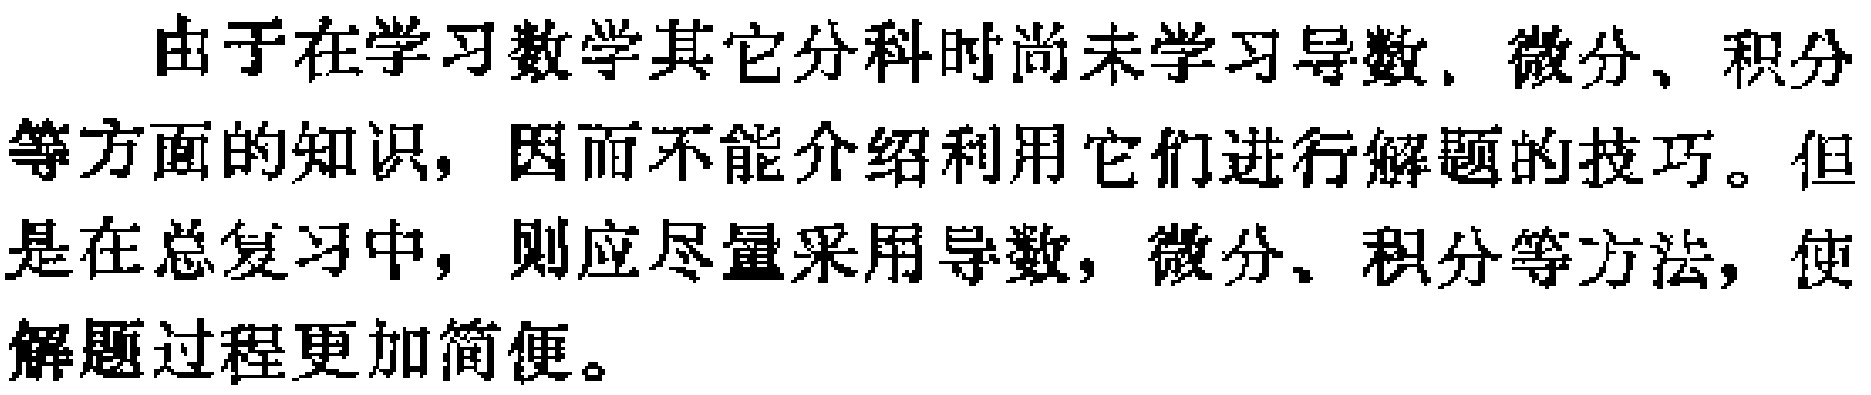
由于在学习数学其它分科时尚未学习导数, 微分, 积分等方面的知识, 因而不能介绍利用它们进行解题的技巧。但是在总复习中, 则应尽量采用导数, 微分, 积分等方法, 使解题过程更加简便。